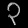
Digit: ၃